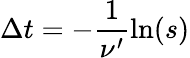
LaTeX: \Delta t=-\frac{1}{\nu^{\prime}}\ln(s)